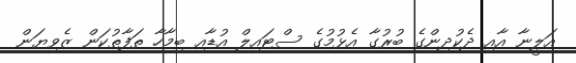
އަލީނާ އާއި ދެކުދިންގެ ބުރުގާ އެޅުމުގެ ސްޓައިލް އުޑާއި ބިމާހާ ތަފާތުކަން ޒެވިޔަން